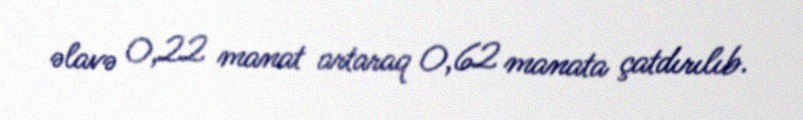
əlavə 0,22 manat artaraq 0,62 manata çatdırılıb.